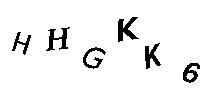
HHGKK6